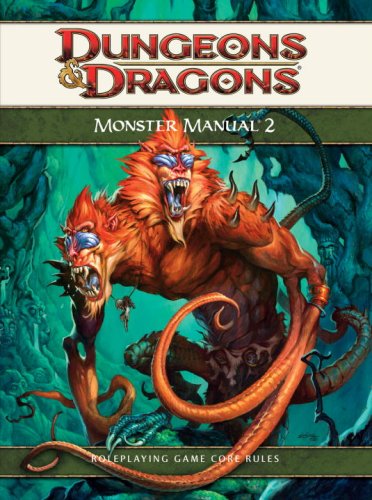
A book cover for Monster Manual 2: A 4th Edition D&D Core Rulebook (D&D Supplement); Rob Heinsoo; Science Fiction & Fantasy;